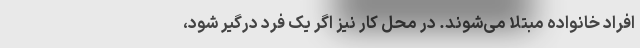
افراد خانواده مبتلا می‌شوند. در محل کار نیز اگر یک فرد درگیر شود،